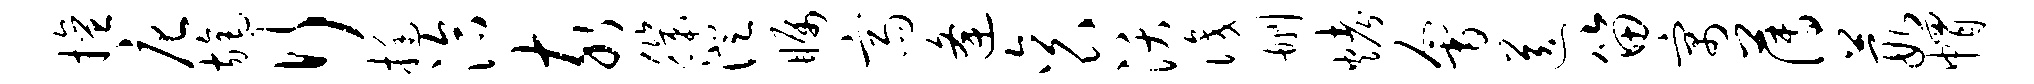
擅庀旄行挺洽亥肌澄瞩斋逄衮沃识删烤会送笛寓薄葭帽